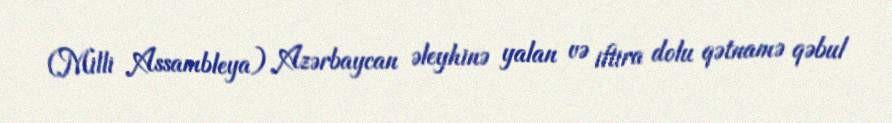
(Milli Assambleya) Azərbaycan əleyhinə yalan və iftira dolu qətnamə qəbul